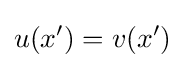
u(x')=v(x')